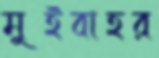
মুইবাহর